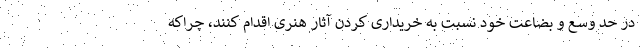
در حد وسع و بضاعت خود نسبت به خریداری کردن آثار هنری اقدام کنند، چراکه